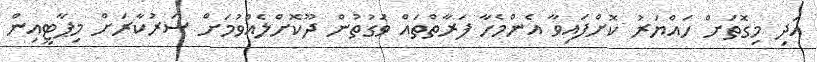
އަދި މިގޮތަށް ހައްޔަރު ކޮށްފައިވާ އެންމެހާ ފަރާތްތައް ވަގުތުން ދޫކޮށްލެއްވުމަށް ސަރުކާރަށް މިޕާޓީއިން